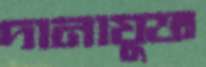
দানাযুক্ত